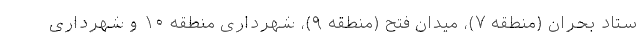
ستاد بحران (منطقه ۷)، میدان فتح (منطقه ۹)، شهرداری منطقه ۱۰ و شهرداری